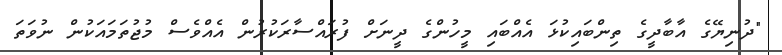
"ދުނިޔޭގެ އާބާދީގެ ތިންބައިކުޅަ އެއްބައި މީހުންގެ ދީނަށް ފުރައްސާރަކުރުން އެއްވެސް މުޖުތަމައަކުން ނުވަތަ